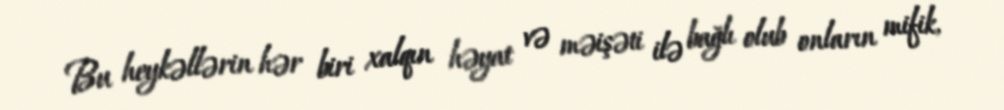
Bu heykəllərin hər biri xalqın həyat və məişəti ilə bağlı olub onların mifik,